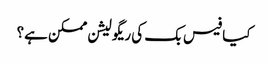
کیا فیس بک کی ریگولیشن ممکن ہے؟